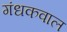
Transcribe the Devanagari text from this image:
गंधकवाल